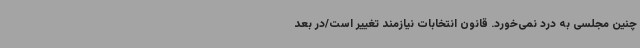
چنین مجلسی به درد نمی‌خورد. قانون انتخابات نیازمند تغییر است/در بعد